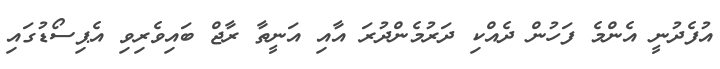
އުފެދުނީ އެންމެ ފަހުން ދެއްކި ދަރުމެންދުރަ އާއި އަނީތާ ރާޖް ބައިވެރިވި އެޕިސޯޑުގައި